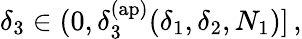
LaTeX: \delta_{3}\in(0,\delta_{3}^{\mathrm{(ap)}}(\delta_{1},\delta_{2},N_{1})]\, ,